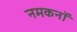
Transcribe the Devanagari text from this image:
नमकनॉ